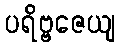
ပရိဗ္ဗဇေယျ